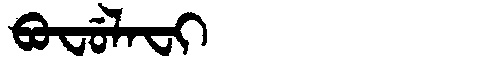
Manchu: ᠪᠣᠸᡠᠯᠠᠸᡳ
Romanization: BOFULAFI